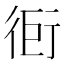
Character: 衐